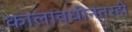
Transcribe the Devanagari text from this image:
कालावधीनंतरही